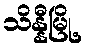
သိန္နီမြို့